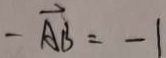
- \overrightarrow { A B } = - 1